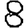
Digit: 8